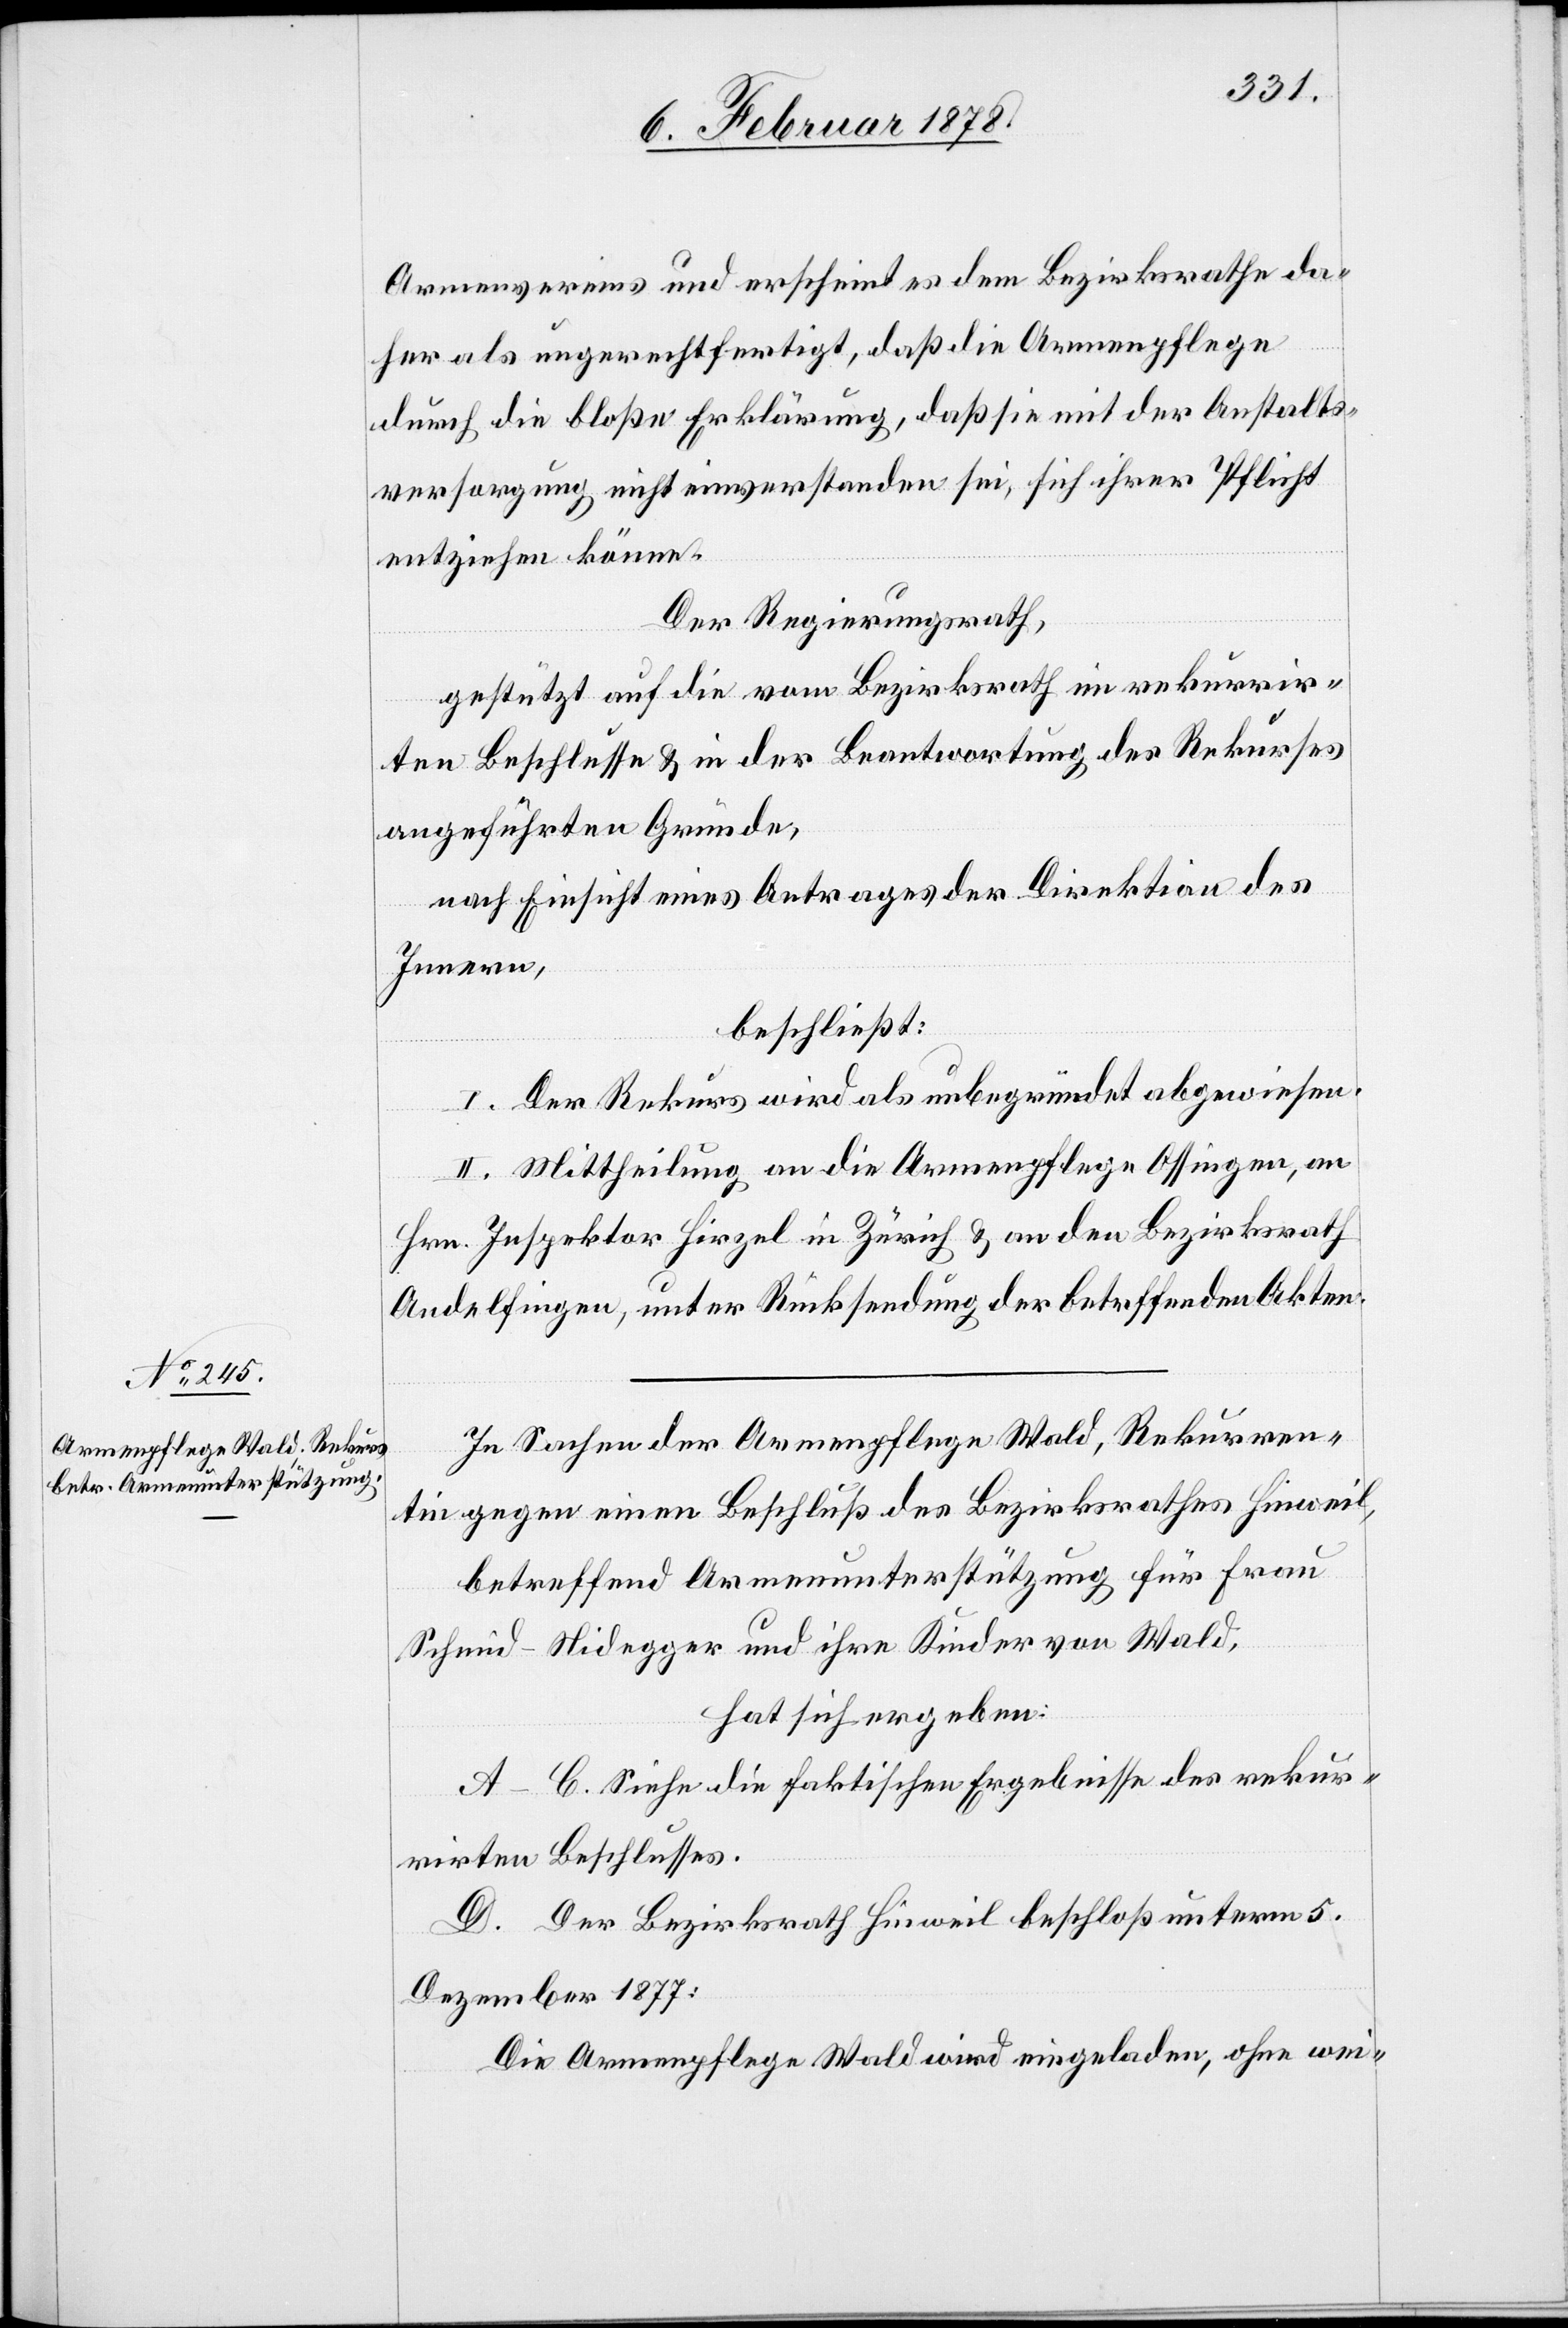
Armenvereins und erscheint es dem Bezirksrathe da¬
her als ungerechtfertigt, daß die Armenpflege
durch die bloße Erklärung, daß sie mit der Anstalts¬
versorgung nicht einverstanden sei, sich ihrer Pflicht
entziehen könne.
Der Regierungsrath,
gestützt auf die vom Bezirksrath im rekurrir¬
ten Beschlusse & in der Beantwortung des Rekurses
angeführten Gründe,
nach Einsicht eines Antrages der Direktion des
Innern,
beschließt:
I. Der Rekurs wird als unbegründet abgewiesen.
II. Mittheilung an die Armenpflege Ossingen, an
Hrn. Inspektor Hirzel in Zürich & an den Bezirksrath
Andelfingen, unter Rücksendung der betreffenden Akten.
In Sachen der Armenpflege Wald, Rekurren¬
tin gegen einen Beschluß des Bezirksrathes Hinweil,
betreffend Armenunterstützung für Frau
Schmid Nidegger und ihre Kinder von Wald,
hat sich ergeben;
A–C. Siehe die faktischen Ergebnisse des rekur¬
rirten Beschlusses.
D. Der Bezirksrath Hinweil beschloß unterm 5.
Dezebember 1877:
Die Armenpflege Wald wird eingeladen, ohne wei-